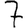
Digit: 7